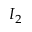
I _ { 2 }